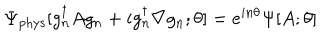
\Psi _ { \mathrm { p h y s } } [ g _ { n } ^ { \dagger } A g _ { n } + i g _ { n } ^ { \dagger } \nabla g _ { n } ; \theta ] = e ^ { i n \theta } \Psi [ A ; \theta ]